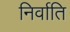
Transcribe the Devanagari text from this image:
निर्वाति